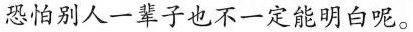
恐怕别人一辈子也不一定能明白呢。